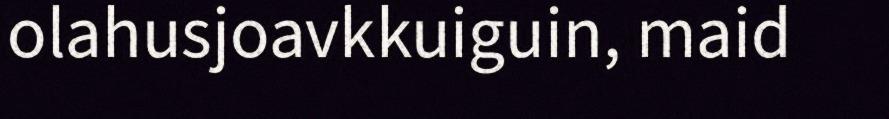
olahusjoavkkuiguin, maid